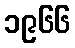
၁၉၆၆